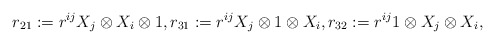
\begin{align*}r_{21}:=r^{ij}X_{j}\otimes X_{i}\otimes 1,r_{31}:=r^{ij}X_{j}\otimes 1\otimes X_{i},r_{32}:=r^{ij}1\otimes X_{j}\otimes X_{i},\end{align*}